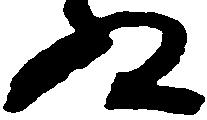
殿